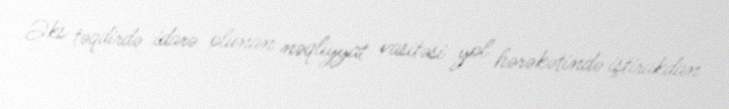
Əks təqdirdə idarə olunan nəqliyyat vasitəsi yol hərəkətində iştirakdan